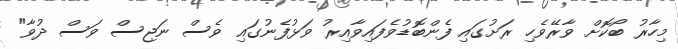
މިހާރު ބޯކޮށް ވާރޭވެހި ރަށުގައި ފެންބޮޑުވެފައިވާއިރު ވަޅުފެނުގައި ވެސް ނަޖިސް ވަސް ދުވާ"